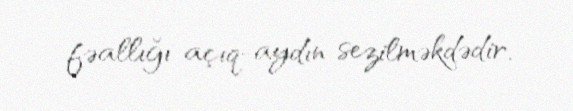
fəallığı açıq-aydın sezilməkdədir.